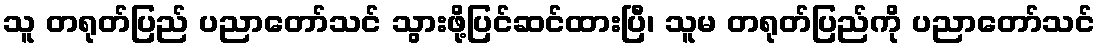
သူ တရုတ်ပြည် ပညာတော်သင် သွားဖို့ပြင်ဆင်ထားပြီ၊ သူမ တရုတ်ပြည်ကို ပညာတော်သင်